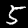
Label: 5